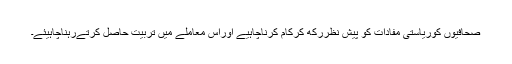
صحافیوں کوریاستی مفادات کو پیش نظررکھ کرکام کرناچاہیے اوراس معاملے میں تربیت حاصل کرتےرہناچاہیئے۔